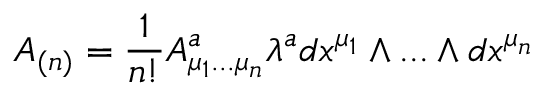
A _ { ( n ) } = { \frac { 1 } { n ! } } A _ { \mu _ { 1 } . . . \mu _ { n } } ^ { a } \lambda ^ { a } d x ^ { \mu _ { 1 } } \wedge . . . \wedge d x ^ { \mu _ { n } }